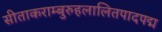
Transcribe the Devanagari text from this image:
सीताकराम्बुरुहलालितपादपद्म